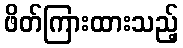
ဖိတ်ကြားထားသည့်